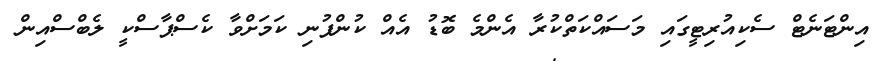
އިންޓަނެޓް ސެކިއުރިޓީގައި މަސައްކަތްކުރާ އެންމެ ބޮޑު އެއް ކުންފުނި ކަމަށްވާ ކެސްޕާސްކީ ލެބްސްއިން